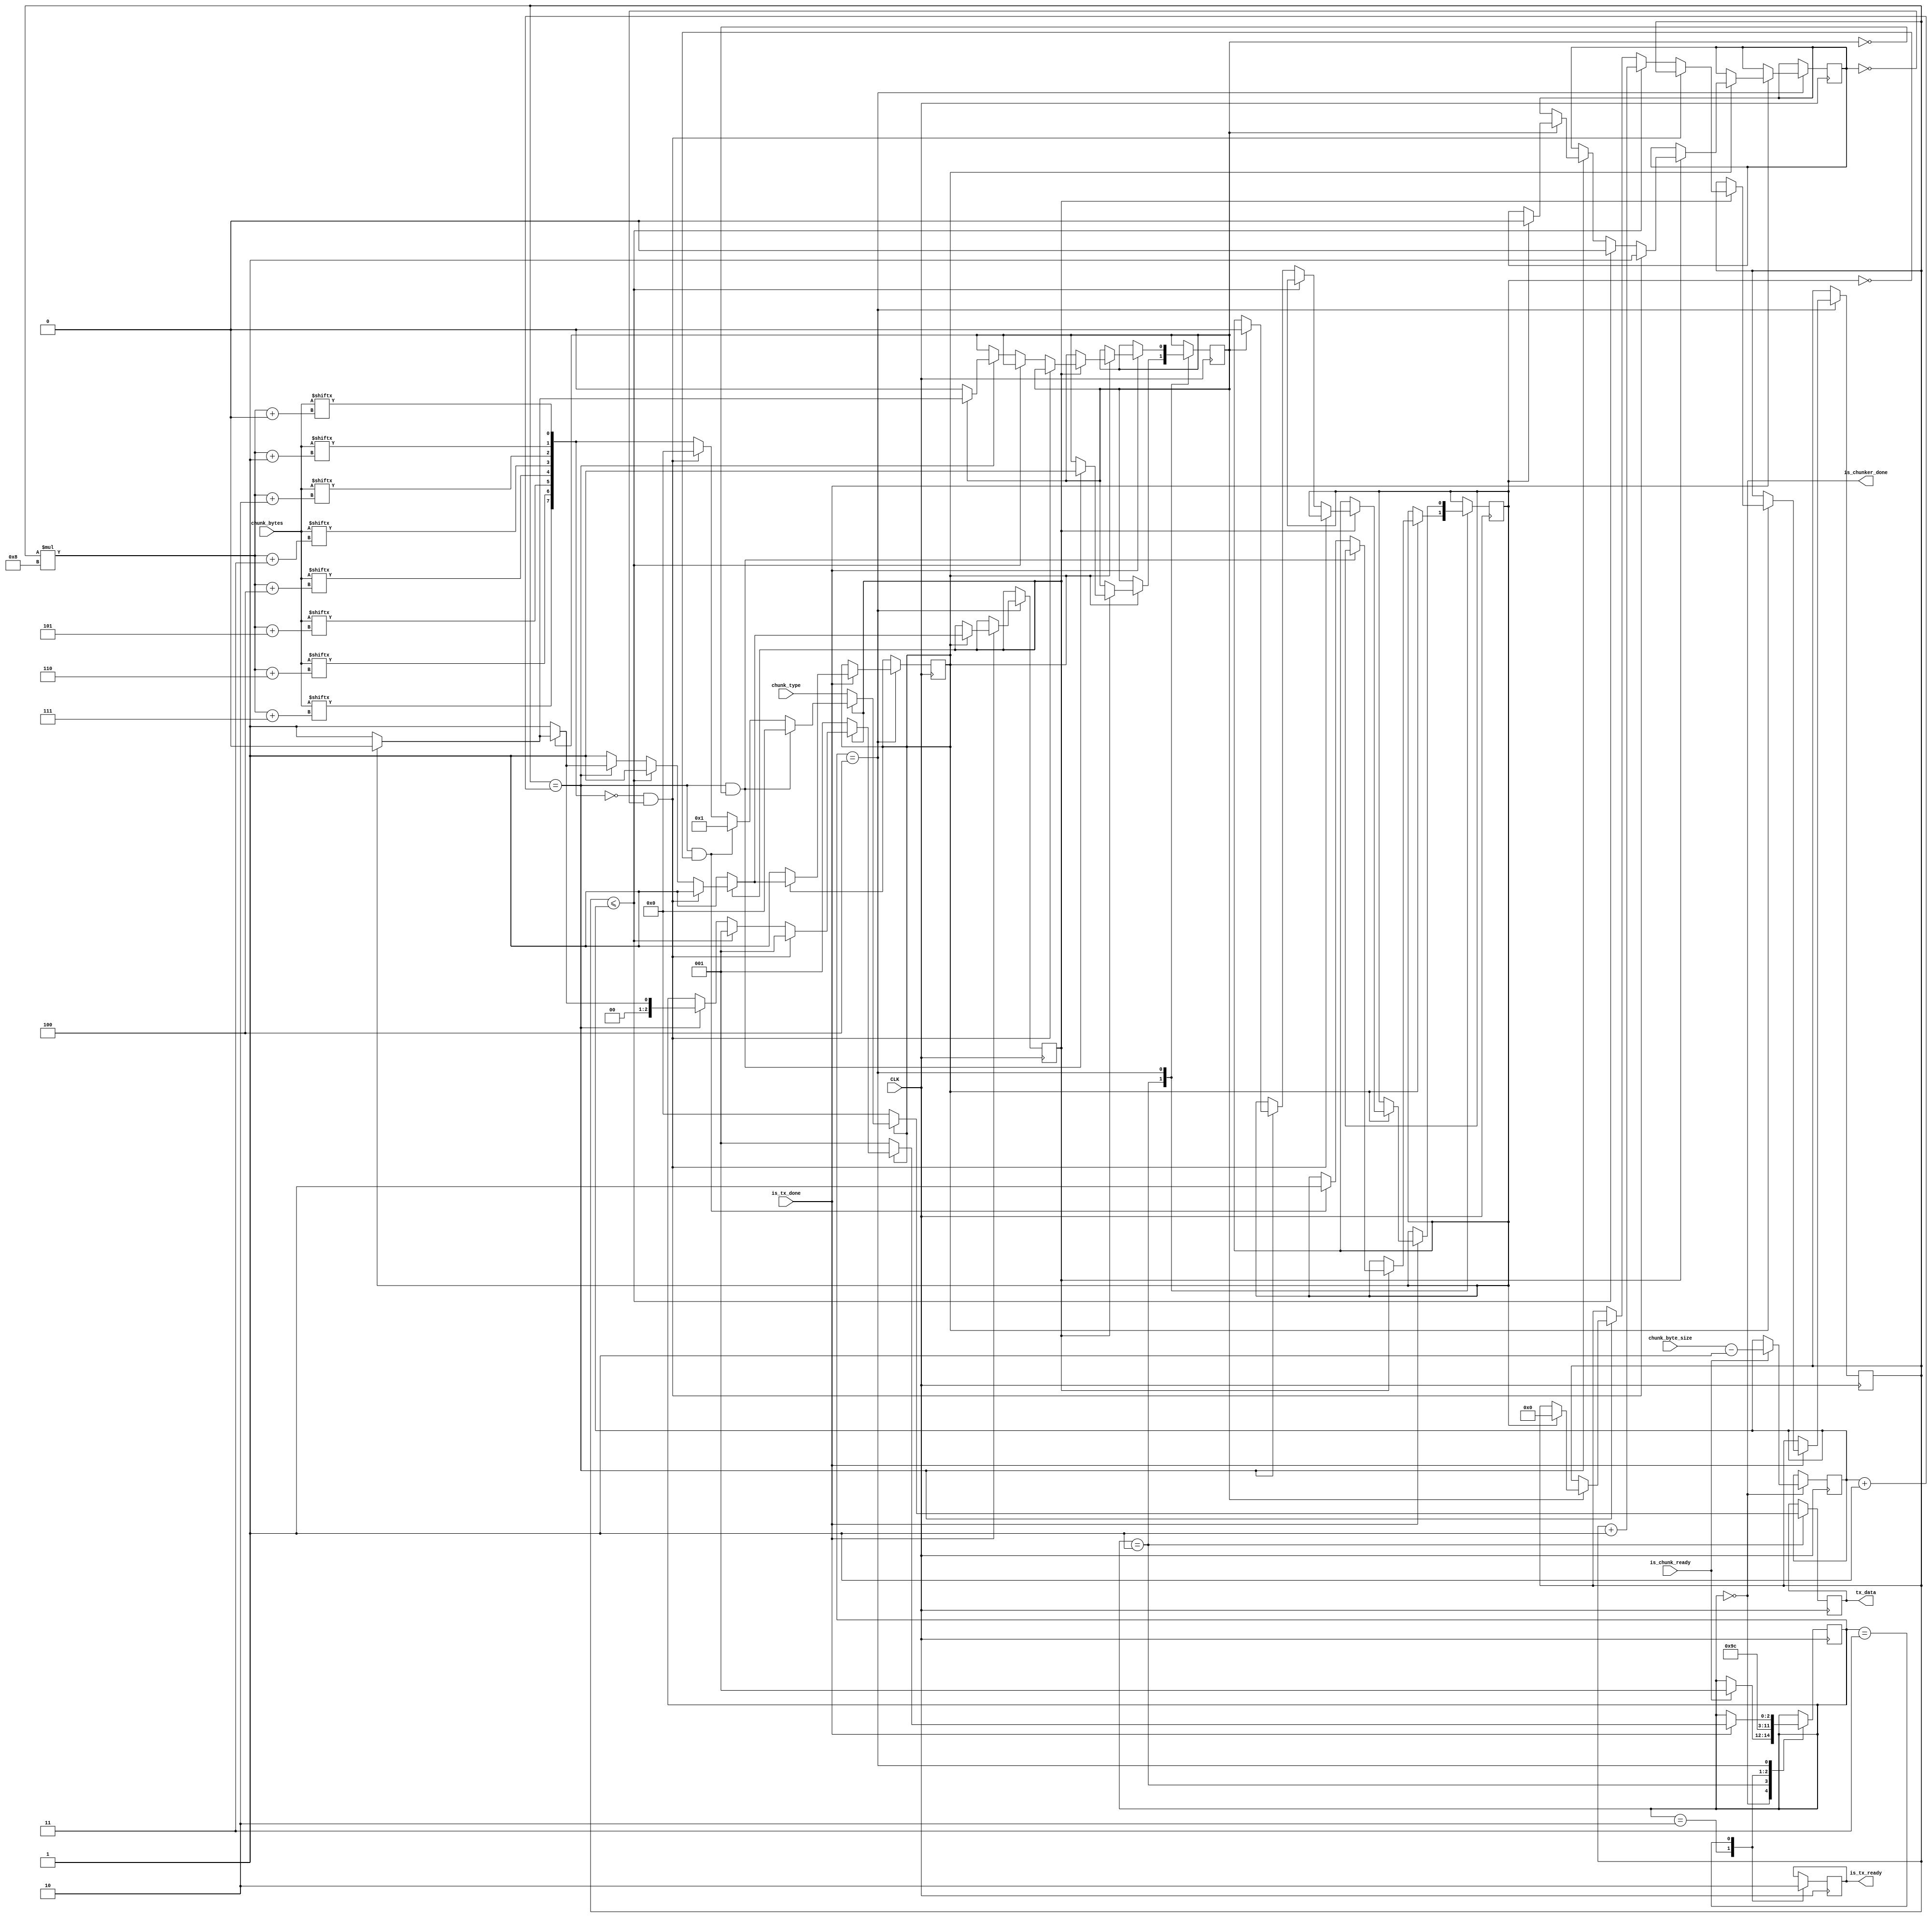
// Buffer-based typed chunk sender

// - Streams byte chunks over a binary stream
// - Encodes an identifier for every chunk sent

// Chunk types:
// [0x00] [0x00  ] is reserved for an escaped null-byte
// [0x00] [0x01  ] is reserved for an escaped end of chunk
// [0x00] [0x02++] is available for other misc chunk types

// Example transmission:
// - Suppose we want to send a packet of type [0x02]
// - And it will have byte content [0x01] [0x02] [0x03]
// - The chunk in the serial port will look as follows:
// 		[0x0] [0x2]	-- escaped chunk type
// 		[0x1] 		-- rx_data_reg_prim
// 		[0x2] 		-- rx_data_reg_prim_2
// 		[0x3] 		-- rx_data_reg_prim_3
// 		[0x0] [0x0]	-- escaped null byte
// 		[0x3] 		-- rx_data_reg_prim_3
// 		[0x0] [0x1]	-- escaped end of chunk

module uart_tx_typed_chunker #(
	// The size of the chunk in bytes (maximum chunk size essentially)
	parameter CONTENT_BUFFER_BYTE_SIZE = 3,
	// How many bits needed to index the whole buffer
	parameter BUFFER_INDEX_SIZE = 32
)(
	// Clock pin
	input CLK,
	// Is chunk ready to be sent out
	input is_chunk_ready,
	// How many bytes are filled in the chunk/buffer
	input [BUFFER_INDEX_SIZE - 1:0] chunk_byte_size,
	// State of the last transmission
	input is_tx_done,
	// The buffer i.e. bytes i.e. contents of the chunk 
	input [(CONTENT_BUFFER_BYTE_SIZE * 8) - 1:0] chunk_bytes,
	// An arbitrary identifier for the chunk
	// must not be 0, otherwise buggy behaviour will occur 
	input [7:0] chunk_type,
	// Is the active byte ready to be sent out
	output is_tx_ready,
	// The active byte to be sent out
	output [7:0] tx_data,
	// Is typed chunker done sending
	output is_chunker_done
);
	// Readiness to transmit
	reg r_tx_ready = 0;
	reg [7:0] r_tx_data = 0;

	// Index of the final byte
	reg [BUFFER_INDEX_SIZE - 1:0] r_chunk_final_byte_index = 0;
	
	// Index of the active (to-be-transmitted) byte
	reg [BUFFER_INDEX_SIZE - 1:0] r_chunk_byte_index = 0;

	// If active byte is a null-byte, then it must be escaped
	// This register contains whether we've already escaped this byte
	reg r_did_we_escape_null_already = 0;

	// Registers for sending chunk type
	reg is_type_escape_sent = 0;
	reg is_type_value_sent = 0;

	// Registers for sending end-of-chunk
	reg is_eoc_escape_sent = 0;
	reg is_eoc_value_sent = 0;

	// FSM states
	parameter R_CHUNKER_STATE_SIZE = 3;
	parameter R_CHUNKER_IDLE = 0;
	parameter R_CHUNKER_LOADING = 1;
	parameter R_CHUNKER_TRIGGERING = 2;
	parameter R_CHUNKER_TRIGGERED = 3;
	parameter R_CHUNKER_TRANSMITTING = 4;
	reg [R_CHUNKER_STATE_SIZE - 1:0] r_chunker_state = R_CHUNKER_IDLE;

	// Byte containing active indexed chunk
	wire [7:0] active_chunk;
	assign active_chunk[0] = chunk_bytes[(r_chunk_byte_index * 8) + 0];
	assign active_chunk[1] = chunk_bytes[(r_chunk_byte_index * 8) + 1];
	assign active_chunk[2] = chunk_bytes[(r_chunk_byte_index * 8) + 2];
	assign active_chunk[3] = chunk_bytes[(r_chunk_byte_index * 8) + 3];
	assign active_chunk[4] = chunk_bytes[(r_chunk_byte_index * 8) + 4];
	assign active_chunk[5] = chunk_bytes[(r_chunk_byte_index * 8) + 5];
	assign active_chunk[6] = chunk_bytes[(r_chunk_byte_index * 8) + 6];
	assign active_chunk[7] = chunk_bytes[(r_chunk_byte_index * 8) + 7];
	
	// FSM implementation
	always @(posedge CLK) begin
		case (r_chunker_state)
			// While in idle mode - wait for the next chunk to be sent
			// if chunk is ready, switch into loading mode
			R_CHUNKER_IDLE: begin
				if (is_chunk_ready == 1) begin
					r_chunker_state <= R_CHUNKER_LOADING;
					r_chunk_final_byte_index <= chunk_byte_size - 1;
				end
			end
			// Load the next byte from the chunk into the UART TX module
			R_CHUNKER_LOADING: begin
				if (!is_type_escape_sent) begin
					// Escaping chunk type
					r_tx_data <= 0;
				end else if (!is_type_value_sent) begin
					// Sending chunk type value
					r_tx_data <= chunk_type;
				end else if (r_chunk_byte_index == (r_chunk_final_byte_index + 1) && !is_eoc_escape_sent) begin
					// Sending escaped end-of-chunk byte
					r_tx_data <= 0;
					is_eoc_escape_sent <= 1;
				end else if (r_chunk_byte_index == (r_chunk_final_byte_index + 1) && !is_eoc_value_sent) begin
					// Sending escaped end-of-chunk value
					r_tx_data <= 1;
					is_eoc_value_sent <= 1;
				end else if (active_chunk == 0 && r_did_we_escape_null_already == 0) begin
					// Escaping a null byte means we just write another null-byte in front of it
					r_tx_data <= 0;
				end else begin
					// If this is not a null-byte, just send it
					r_tx_data <= active_chunk;
				end
				r_chunker_state <= R_CHUNKER_TRIGGERING;
			end
			// Trigger the UART TX module to send the loaded byte
			R_CHUNKER_TRIGGERING: begin
				r_tx_ready <= 1;
				r_chunker_state <= R_CHUNKER_TRIGGERED;
			end
			// Bring back down the UART TX readiness signal
			R_CHUNKER_TRIGGERED: begin
				r_tx_ready <= 0;
				r_chunker_state <= R_CHUNKER_TRANSMITTING;
			end
			// Wait until the UART TX module is finished
			// then either load and send the next byte or go back into idle mode 
			R_CHUNKER_TRANSMITTING: begin
				if (is_tx_done == 1) begin
					if (!is_type_escape_sent) begin
						is_type_escape_sent <= 1;
						r_chunker_state <= R_CHUNKER_LOADING;
					end else if (!is_type_value_sent) begin
						is_type_value_sent <= 1;
						r_chunker_state <= R_CHUNKER_LOADING;
					end else if (active_chunk == 0 && r_did_we_escape_null_already == 0) begin
						// We just _escaped_ a null-byte, lets now send the actual null-byte value
						// i.e. lets not increment r_chunk_byte_index,
						// because we're only about to send the null-byte value (0x00)
						r_did_we_escape_null_already <= 1;
						r_chunker_state <= R_CHUNKER_LOADING;
					end else if (r_chunk_byte_index <= r_chunk_final_byte_index) begin
						// More bytes to write in the chunk, keep loading and sending
						r_did_we_escape_null_already <= 0;
						r_chunk_byte_index <= r_chunk_byte_index + 1;
						r_chunker_state <= R_CHUNKER_LOADING;
					end else if (r_chunk_byte_index == (r_chunk_final_byte_index + 1)) begin
						// We've written all the bytes
						if (!is_eoc_escape_sent) begin
							// We'll send an escaped end-of-chunk byte (0x00)
							r_chunker_state <= R_CHUNKER_LOADING;
						end else if (!is_eoc_value_sent) begin
							// We'll send an end-of-chunk value byte (0x01)
							r_chunker_state <= R_CHUNKER_LOADING;
						end else begin
							// We're done, all chunk bytes written, start idling
							r_did_we_escape_null_already <= 0;
							r_chunker_state <= R_CHUNKER_IDLE;
							r_chunk_byte_index <= 0;
							is_type_escape_sent <= 0;
							is_type_value_sent <= 0;
							is_eoc_escape_sent <= 0;
							is_eoc_value_sent <= 0;
						end
					end
				end
			end
		endcase
	end

	// Outputs
	assign is_tx_ready = r_tx_ready;
	assign tx_data = r_tx_data;
	assign is_chunker_done = r_chunker_state == R_CHUNKER_IDLE;
endmodule